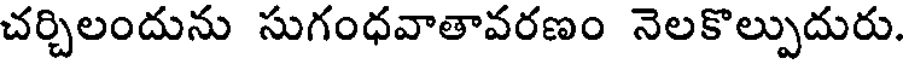
చర్చిలందును సుగంధవాతావరణం నెలకొల్పుదురు.